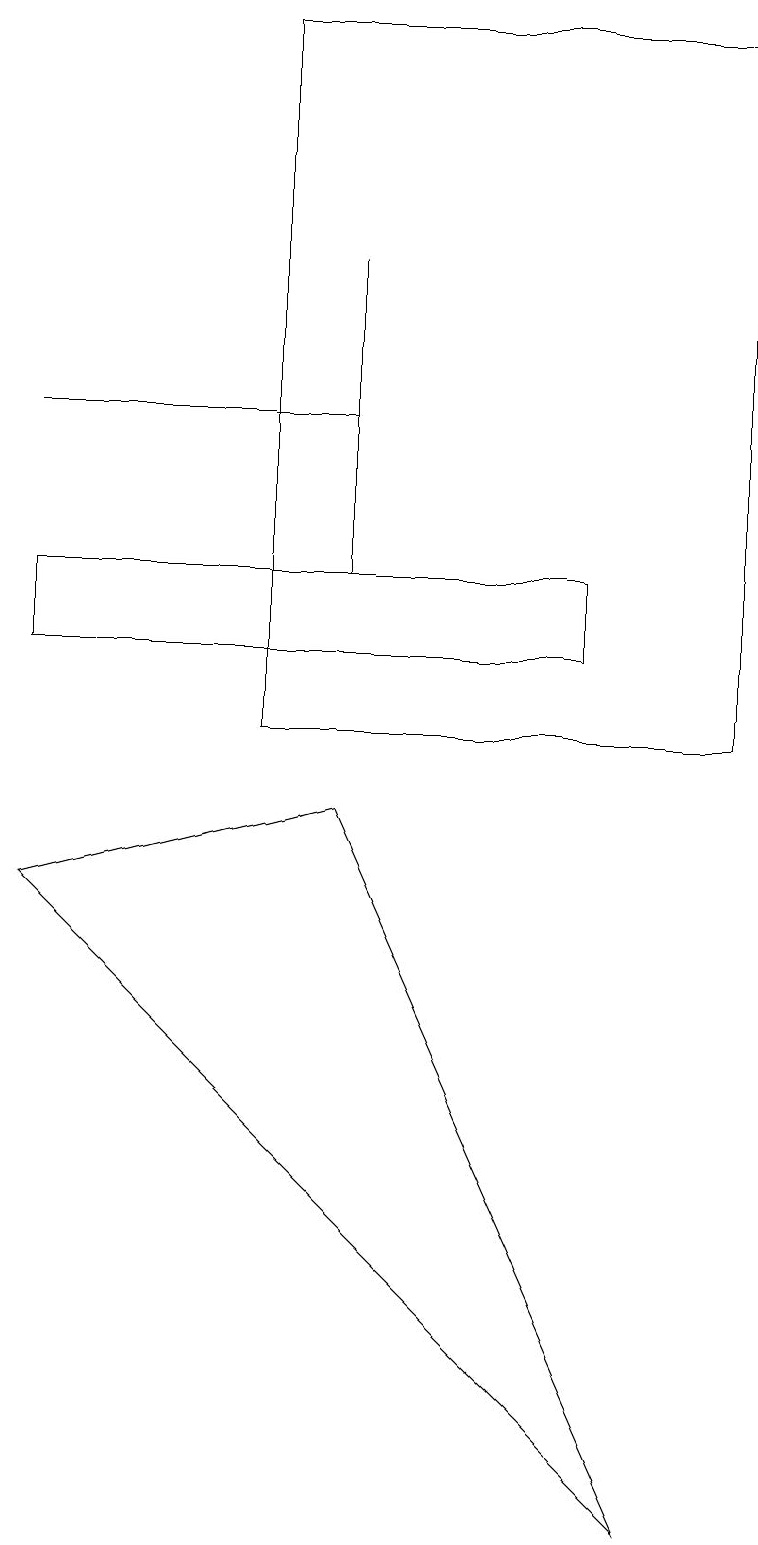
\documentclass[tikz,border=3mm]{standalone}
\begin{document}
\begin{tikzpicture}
\draw (9,19) rectangle (3,10);
\draw (4,12) rectangle (4,16);
\draw (7,11) rectangle (0,12);
\draw (0,14) rectangle (4,14);
\draw (0,8) -- (8,0) -- (4,9) -- cycle;
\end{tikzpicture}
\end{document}